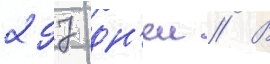
297 дн'еи // В